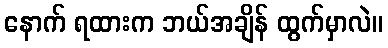
နောက် ရထားက ဘယ်အချိန် ထွက်မှာလဲ။